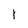
Character: 1